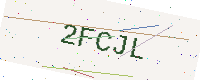
Text: 2FCJL